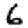
Digit: 6